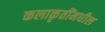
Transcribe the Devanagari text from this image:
कलाकृतींमधील